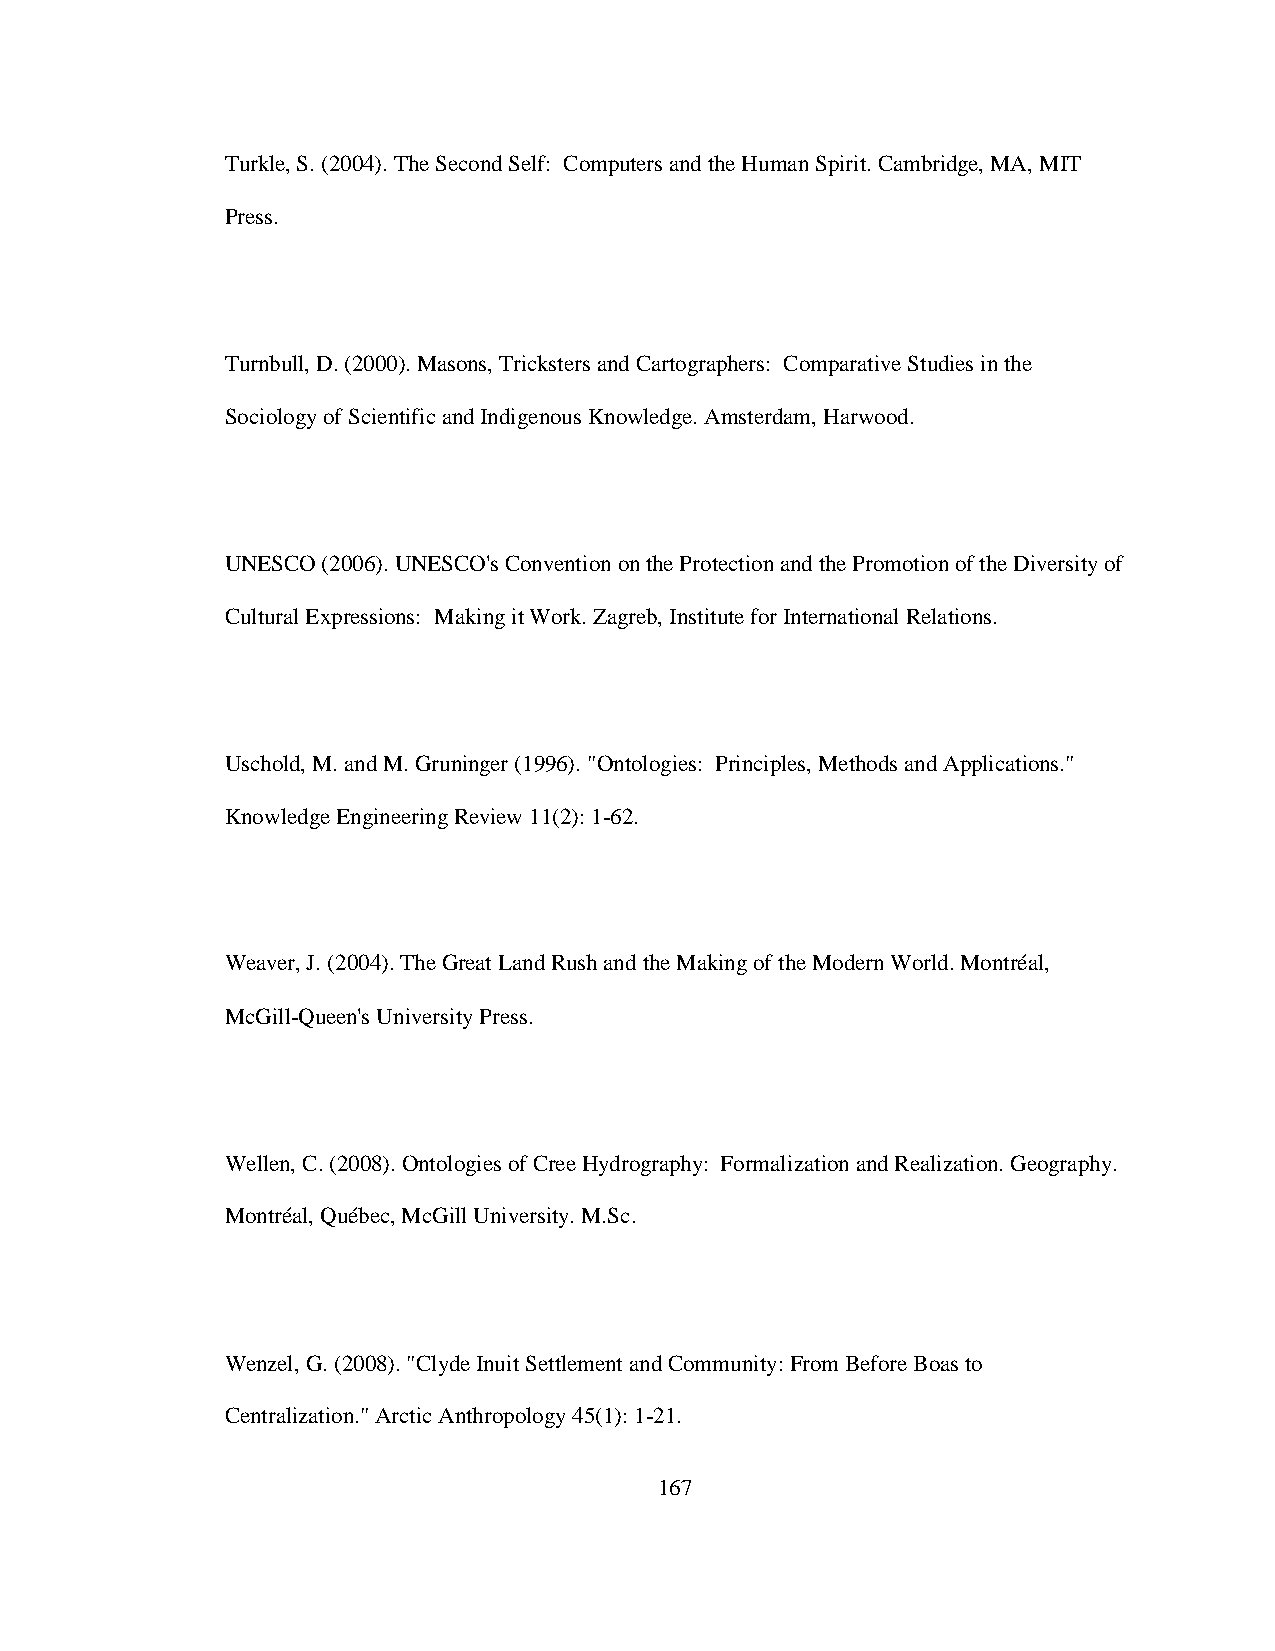
Turkle, S. (2004). The Second Self: Computers and the Human Spirit. Cambridge, MA, MIT
 Press.
 Turnbull, D. (2000). Masons, Tricksters and Cartographers: Comparative Studies in the
 Sociology of Scientific and Indigenous Knowledge. Amsterdam, Harwood.
 UNESCO (2006). UNESCO's Convention on the Protection and the Promotion of the Diversity of
 Cultural Expressions: Making it Work. Zagreb, Institute for International Relations.
 Uschold, M. and M. Gruninger (1996). "Ontologies: Principles, Methods and Applications."
 Knowledge Engineering Review 11(2): 1-62.
 Weaver, J. (2004). The Great Land Rush and the Making of the Modern World. Montréal,
 McGill-Queen's University Press.
 Wellen, C. (2008). Ontologies of Cree Hydrography: Formalization and Realization. Geography.
 Montréal, Québec, McGill University. M.Sc.
 Wenzel, G. (2008). "Clyde Inuit Settlement and Community: From Before Boas to
 Centralization." Arctic Anthropology 45(1): 1-21.
 167